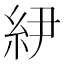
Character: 𰫝